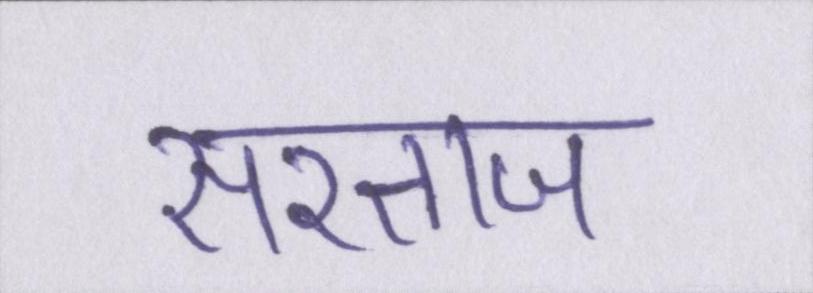
सरताज